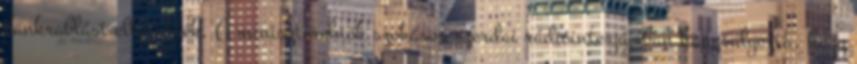
bankrablást elkövették. A miniszterelnök szokásos szerdai rádióinterjújában hangsúlyozta, hogy